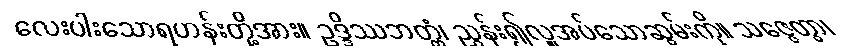
လေးပါးသောရဟန်းတို့အား။ ဥဒ္ဒိဿဘတ္တံ၊ ညွှန်း၍လှူအပ်သောဆွမ်းကို။ သဇ္ဇေတွာ၊